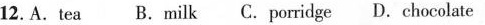
12.A.tea B.milk C.porridge D.chocolate